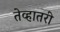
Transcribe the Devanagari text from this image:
तेव्हातरी